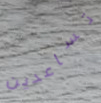
تساعدين